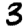
Digit: 3